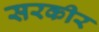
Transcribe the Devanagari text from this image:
सरकीर